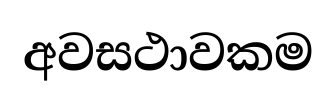
අවසථාවකම